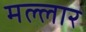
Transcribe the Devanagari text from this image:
मल्लार